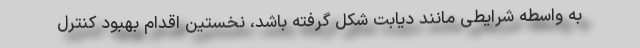
به واسطه شرایطی مانند دیابت شکل گرفته باشد، نخستین اقدام بهبود کنترل